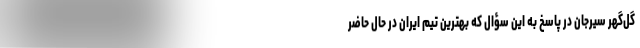
گل‌گهر سیرجان در پاسخ به این سؤال که بهترین تیم ایران در حال حاضر